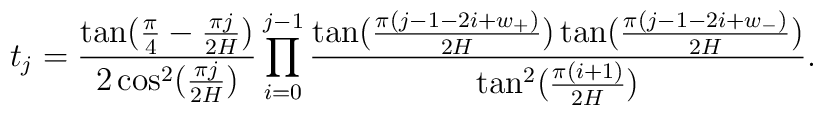
t_{j}=\frac{\tan (\frac{\pi }{4}-\frac{\pi j}{2H})}{2\cos ^{2}(\frac{\pi j}{2H})}\prod_{i=0}^{j-1}\frac{\tan (\frac{\pi (j-1-2i+w_{+})}{2H})\tan (\frac{\pi (j-1-2i+w_{-})}{2H})}{\tan ^{2}(\frac{\pi (i+1)}{2H})}.